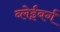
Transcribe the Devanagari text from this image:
ब्लेईबर्ग